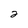
Character: 2